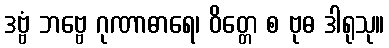
ဒဗ္ဗံ ဘဗ္ဗေ ဂုဏာဓာရေ၊ ဝိတ္တေ စ ဗုဓ ဒါရုသု။